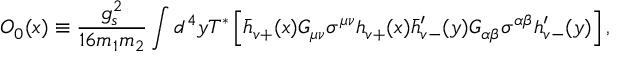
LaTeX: O _ { 0 } ( x ) \equiv \displaystyle \frac { g _ { s } ^ { 2 } } { 1 6 m _ { 1 } m _ { 2 } } \int d ^ { 4 } y T ^ { * } \left[ \bar { h } _ { v + } ( x ) { G _ { \mu \nu } \sigma ^ { \mu \nu } } h _ { v + } ( x ) \bar { h } _ { v - } ^ { \prime } ( y ) { G _ { \alpha \beta } \sigma ^ { \alpha \beta } } h _ { v - } ^ { \prime } ( y ) \right] ,